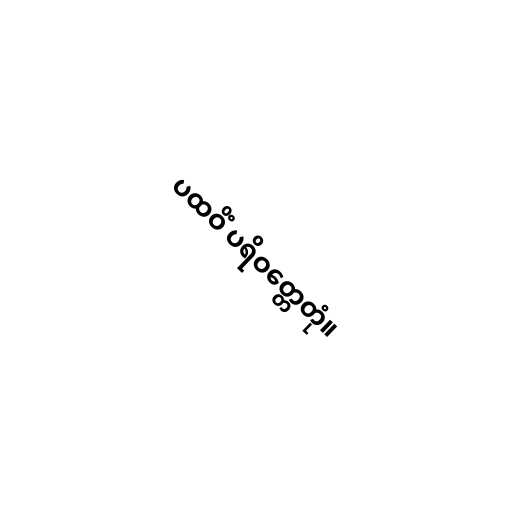
ပထဝိံ ပရိဝတ္တေတုံ။